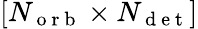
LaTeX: [{N_{\mathrm{~o~r~b~}}}\times{N_{\mathrm{~d~e~t~}}}]